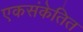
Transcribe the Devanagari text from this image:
एकसंकेतित